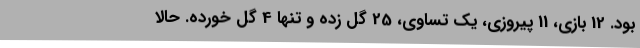
بود. 12 بازی، 11 پیروزی، یک تساوی، 25 گل زده و تنها 4 گل خورده. حالا